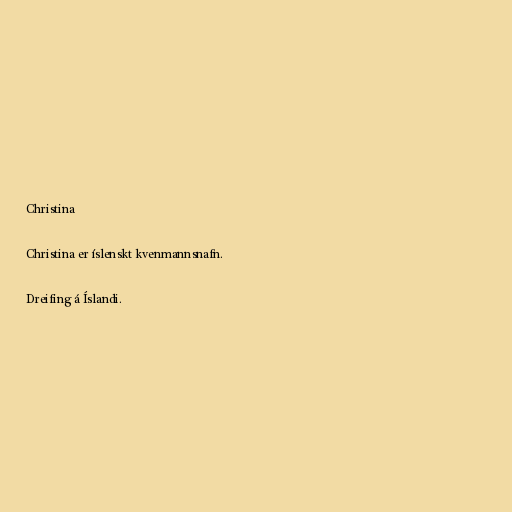
Christina

Christina er íslenskt kvenmannsnafn.

Dreifing á Íslandi.